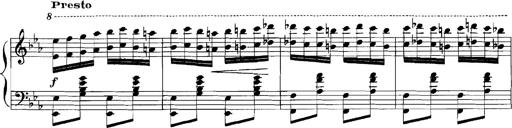
Title: Rhapsodies hongroises
Composer: Franz Liszt